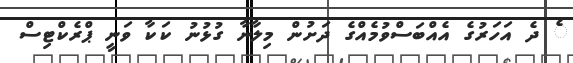
ެ ދެ އަހަރުގެ އެއްބަސްވުމެއްގެ ދަށުން މިލާނާ ގުޅުނު ކަކާ ވަނީ ޕްރެކްޓިސް